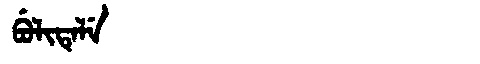
Manchu: ᠪᡠᠯᡳᡨᡝᠯᡝ
Romanization: BULITELE